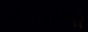
રડવાનો